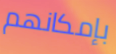
بإمكانهم